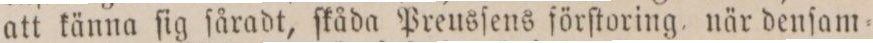
att känna ſig ſåradt, ſkåda Preusſens förſtoring när denſam=